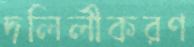
দলিলীকরণ